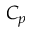
C _ { p }